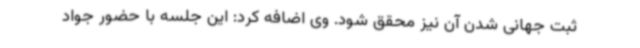
ثبت جهانی شدن آن نیز محقق شود. وی اضافه کرد: این جلسه با حضور جواد